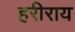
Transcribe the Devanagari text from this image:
हरीराय